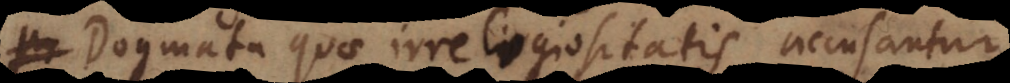
Dogmata quae irreligiositatis accusantur,